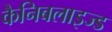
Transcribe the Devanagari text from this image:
कैनिबलाइज्ड